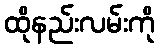
ထိုနည်းလမ်းကို